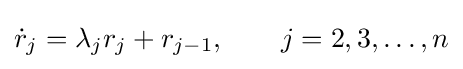
{\dot {r}}_{j}=\lambda _{j}r_{j}+r_{j-1},\qquad j=2,3,\dots ,n